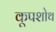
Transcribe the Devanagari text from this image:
कूपशोथ